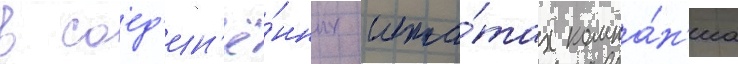
В соед'ин'ё́нных шта́тах компа́н'иа